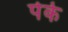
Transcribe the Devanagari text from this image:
पेर्के